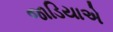
જાડિયાએ